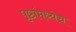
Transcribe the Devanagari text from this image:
पृष्ठांमध्येच